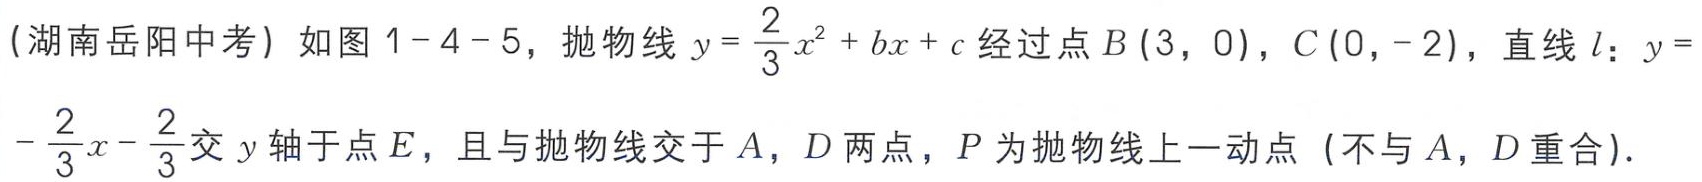
(湖南岳阳中考) 如图1 - 4 - 5，抛物线\(y = \frac{2}{3}x^{2}+bx + c\)经过点\(B(3,0)\)，\(C(0,-2)\)，直线\(l\)：\(y = -\frac{2}{3}x-\frac{2}{3}\)交\(y\)轴于点\(E\)，且与抛物线交于\(A\)，\(D\)两点，\(P\)为抛物线上一动点（不与\(A\)，\(D\)重合）.